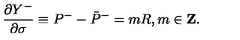
\frac { \partial Y ^ { - } } { \partial \sigma } \equiv P ^ { - } - \bar { P } ^ { - } = m R , m \in { \bf Z } .